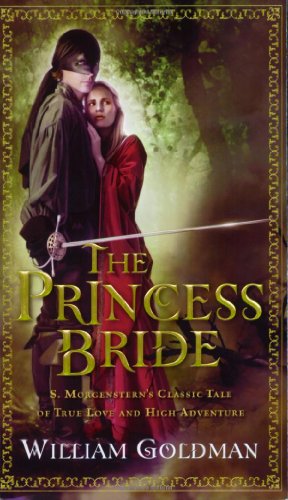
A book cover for The Princess Bride: S. Morgenstern's Classic Tale of True Love and High Adventure; William Goldman; Science Fiction & Fantasy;